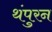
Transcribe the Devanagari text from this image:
थंपुरन